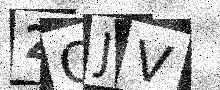
Text: 2OJV